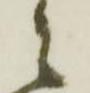
々